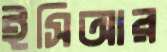
ইসিআর